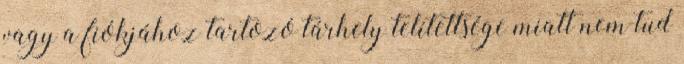
vagy a fiókjához tartozó tárhely telítettsége miatt nem tud